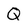
Character: Q